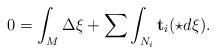
LaTeX: \begin{align*}0 = \int_M \Delta \xi + \sum \int_{N_i} \mathbf{t}_i (\star d \xi). \end{align*}